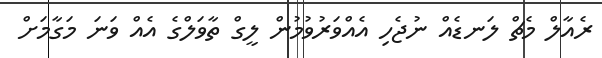
ރެއާލް މެޗް ލަނޑެއް ނުޖެހި އެއްވަރުވުމުން ލީގް ތާވަލްގެ އެއް ވަނަ މަގާމަށް